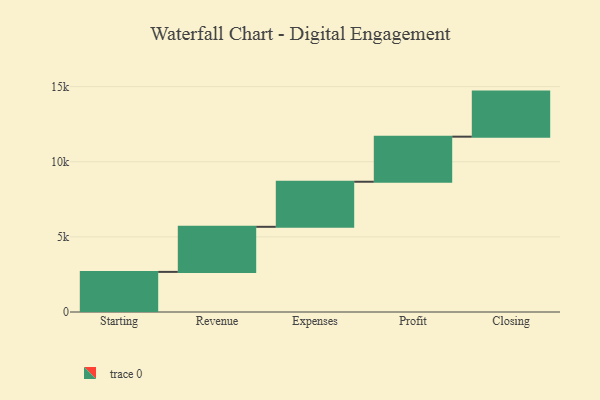
{"axis": {"x": "Step", "y": "Value"}, "legend": [""], "data": [{"x": "Starting", "y": 2670.0, "type": ""}, {"x": "Revenue", "y": 3000, "type": ""}, {"x": "Expenses", "y": 3000, "type": ""}, {"x": "Profit", "y": 3000, "type": ""}, {"x": "Closing", "y": 3000, "type": ""}]}